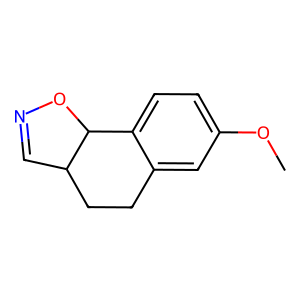
SMILES: COc1ccc2c(c1)CCC1C=NOC21
Inhibits HIV replication: No